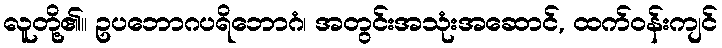
လူတို့၏။ ဥပဘောဂပရိဘောဂံ၊ အတွင်းအသုံးအဆောင်, ထက်ဝန်းကျင်